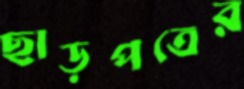
ছাড়পত্রের